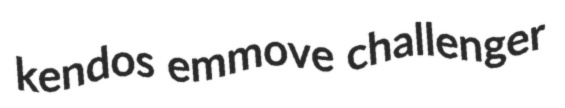
kendos emmove challenger